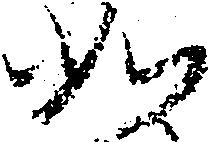
如